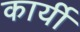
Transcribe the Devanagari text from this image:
कार्यी